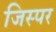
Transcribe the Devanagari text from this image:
जिस्पर